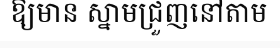
ឱ្យមាន ស្នាមជ្រួញនៅតាម